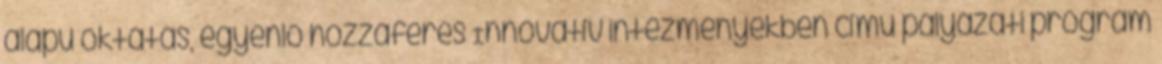
alapú oktatás, egyenlő hozzáférés Innovatív intézményekben című pályázati program